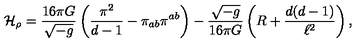
{ \cal H } _ { \rho } = \frac { 1 6 \pi G } { \sqrt { - g } } \left( \frac { \pi ^ { 2 } } { d - 1 } - \pi _ { a b } \pi ^ { a b } \right) - \frac { \sqrt { - g } } { 1 6 \pi G } \left( R + \frac { d ( d - 1 ) } { \ell ^ { 2 } } \right) ,